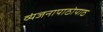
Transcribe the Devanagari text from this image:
व्यंजनापाठोपाठ